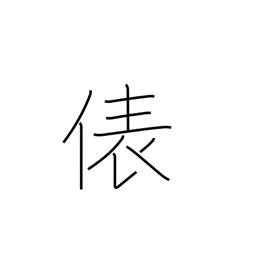
Meaning: counter for bags